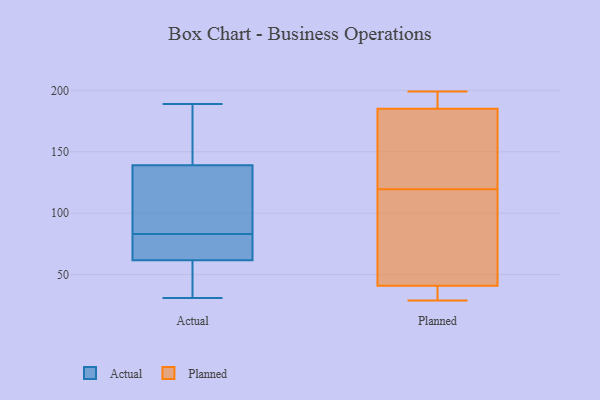
{"axis": {"x": "Revenue (USD Million)", "y": "Value"}, "legend": ["Actual", "Planned"], "data": [{"x": "", "y": 82, "type": "Actual"}, {"x": "", "y": 175, "type": "Actual"}, {"x": "", "y": 117, "type": "Actual"}, {"x": "", "y": 83, "type": "Actual"}, {"x": "", "y": 115, "type": "Actual"}, {"x": "", "y": 40, "type": "Actual"}, {"x": "", "y": 36, "type": "Actual"}, {"x": "", "y": 166, "type": "Actual"}, {"x": "", "y": 31, "type": "Actual"}, {"x": "", "y": 189, "type": "Actual"}, {"x": "", "y": 83, "type": "Actual"}, {"x": "", "y": 130, "type": "Actual"}, {"x": "", "y": 69, "type": "Actual"}, {"x": "", "y": 116, "type": "Planned"}, {"x": "", "y": 71, "type": "Planned"}, {"x": "", "y": 41, "type": "Planned"}, {"x": "", "y": 181, "type": "Planned"}, {"x": "", "y": 67, "type": "Planned"}, {"x": "", "y": 123, "type": "Planned"}, {"x": "", "y": 34, "type": "Planned"}, {"x": "", "y": 29, "type": "Planned"}, {"x": "", "y": 185, "type": "Planned"}, {"x": "", "y": 177, "type": "Planned"}, {"x": "", "y": 29, "type": "Planned"}, {"x": "", "y": 189, "type": "Planned"}, {"x": "", "y": 198, "type": "Planned"}, {"x": "", "y": 199, "type": "Planned"}]}